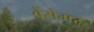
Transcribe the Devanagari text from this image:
बेंसेमर